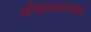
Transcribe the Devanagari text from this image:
अंदाजात्मक